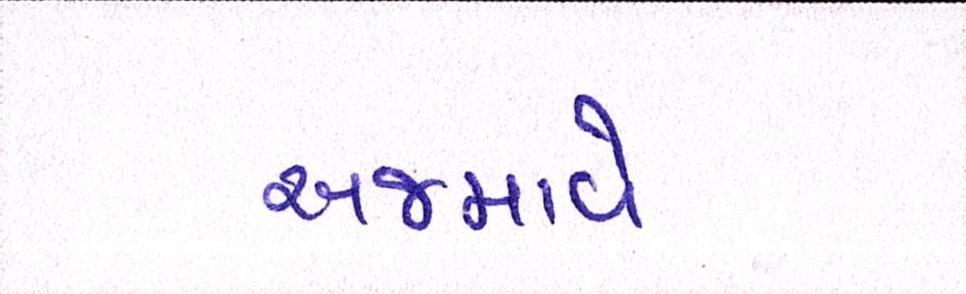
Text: અજમાવે